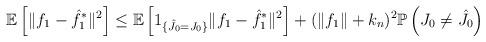
LaTeX: \begin{align*}\mathbb{E}\left[\Vert f_1-\hat{f}_1^*\Vert^2\right]\leq \mathbb{E}\left[1_{\{\hat{J}_0= J_0\}}\Vert f_1-\hat{f}_1^*\Vert^2\right]+(\left\|f_1\right\|+k_n)^2\mathbb{P}\left( J_0\neq \hat{J}_0 \right)\end{align*}